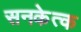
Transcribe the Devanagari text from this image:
सनकेत्क